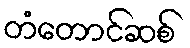
တံတောင်ဆစ်